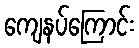
ကျေနပ်ကြောင်း